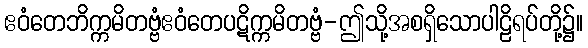
ဧဝံတေဘိက္ကမိတဗ္ဗံဧဝံတေပဋိက္ကမိတဗ္ဗံ-ဤသို့အစရှိသောပါဠိရပ်တို့၌။